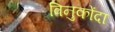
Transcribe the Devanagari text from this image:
विनुकोंदा